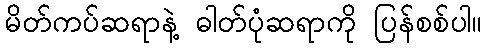
မိတ်ကပ်ဆရာနဲ့ ဓါတ်ပုံဆရာကို ပြန်စစ်ပါ။